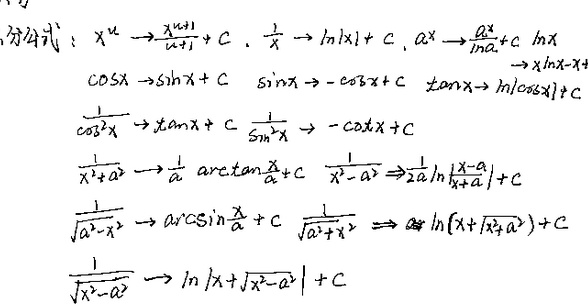
公式:
\(x^{\mu}\to\frac{x^{\mu + 1}}{\mu + 1}+C\)，
\(\frac{1}{x}\to\ln|x| + C\)，
\(a^{x}\to\frac{a^{x}}{\ln a}+C\)，
\(\ln x\)（这里似乎缺少对应关系，推测可能有误，暂按原式），
\(\cos x\to\sin x + C\)，
\(\sin x\to-\cos x + C\)，
\(\tan x\to\ln|\cos x|+C\)，
\(\frac{1}{\cos^{2}x}\to\tan x + C\)，
\(\frac{1}{\sin^{2}x}\to-\cot x + C\)，
\(\frac{1}{x^{2}+a^{2}}\to\frac{1}{a}\arctan\frac{x}{a}+C\)，
\(\frac{1}{x^{2}-a^{2}}\to\frac{1}{2a}\ln\left|\frac{x - a}{x + a}\right|+C\)，
\(\frac{1}{\sqrt{a^{2}-x^{2}}}\to\arcsin\frac{x}{a}+C\)，
\(\frac{1}{\sqrt{a^{2}+x^{2}}}\to\ln\left(x+\sqrt{x^{2}+a^{2}}\right)+C\)，
\(\frac{1}{\sqrt{x^{2}-a^{2}}}\to\ln\left|x+\sqrt{x^{2}-a^{2}}\right|+C\)